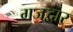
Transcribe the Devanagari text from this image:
गजद्वार